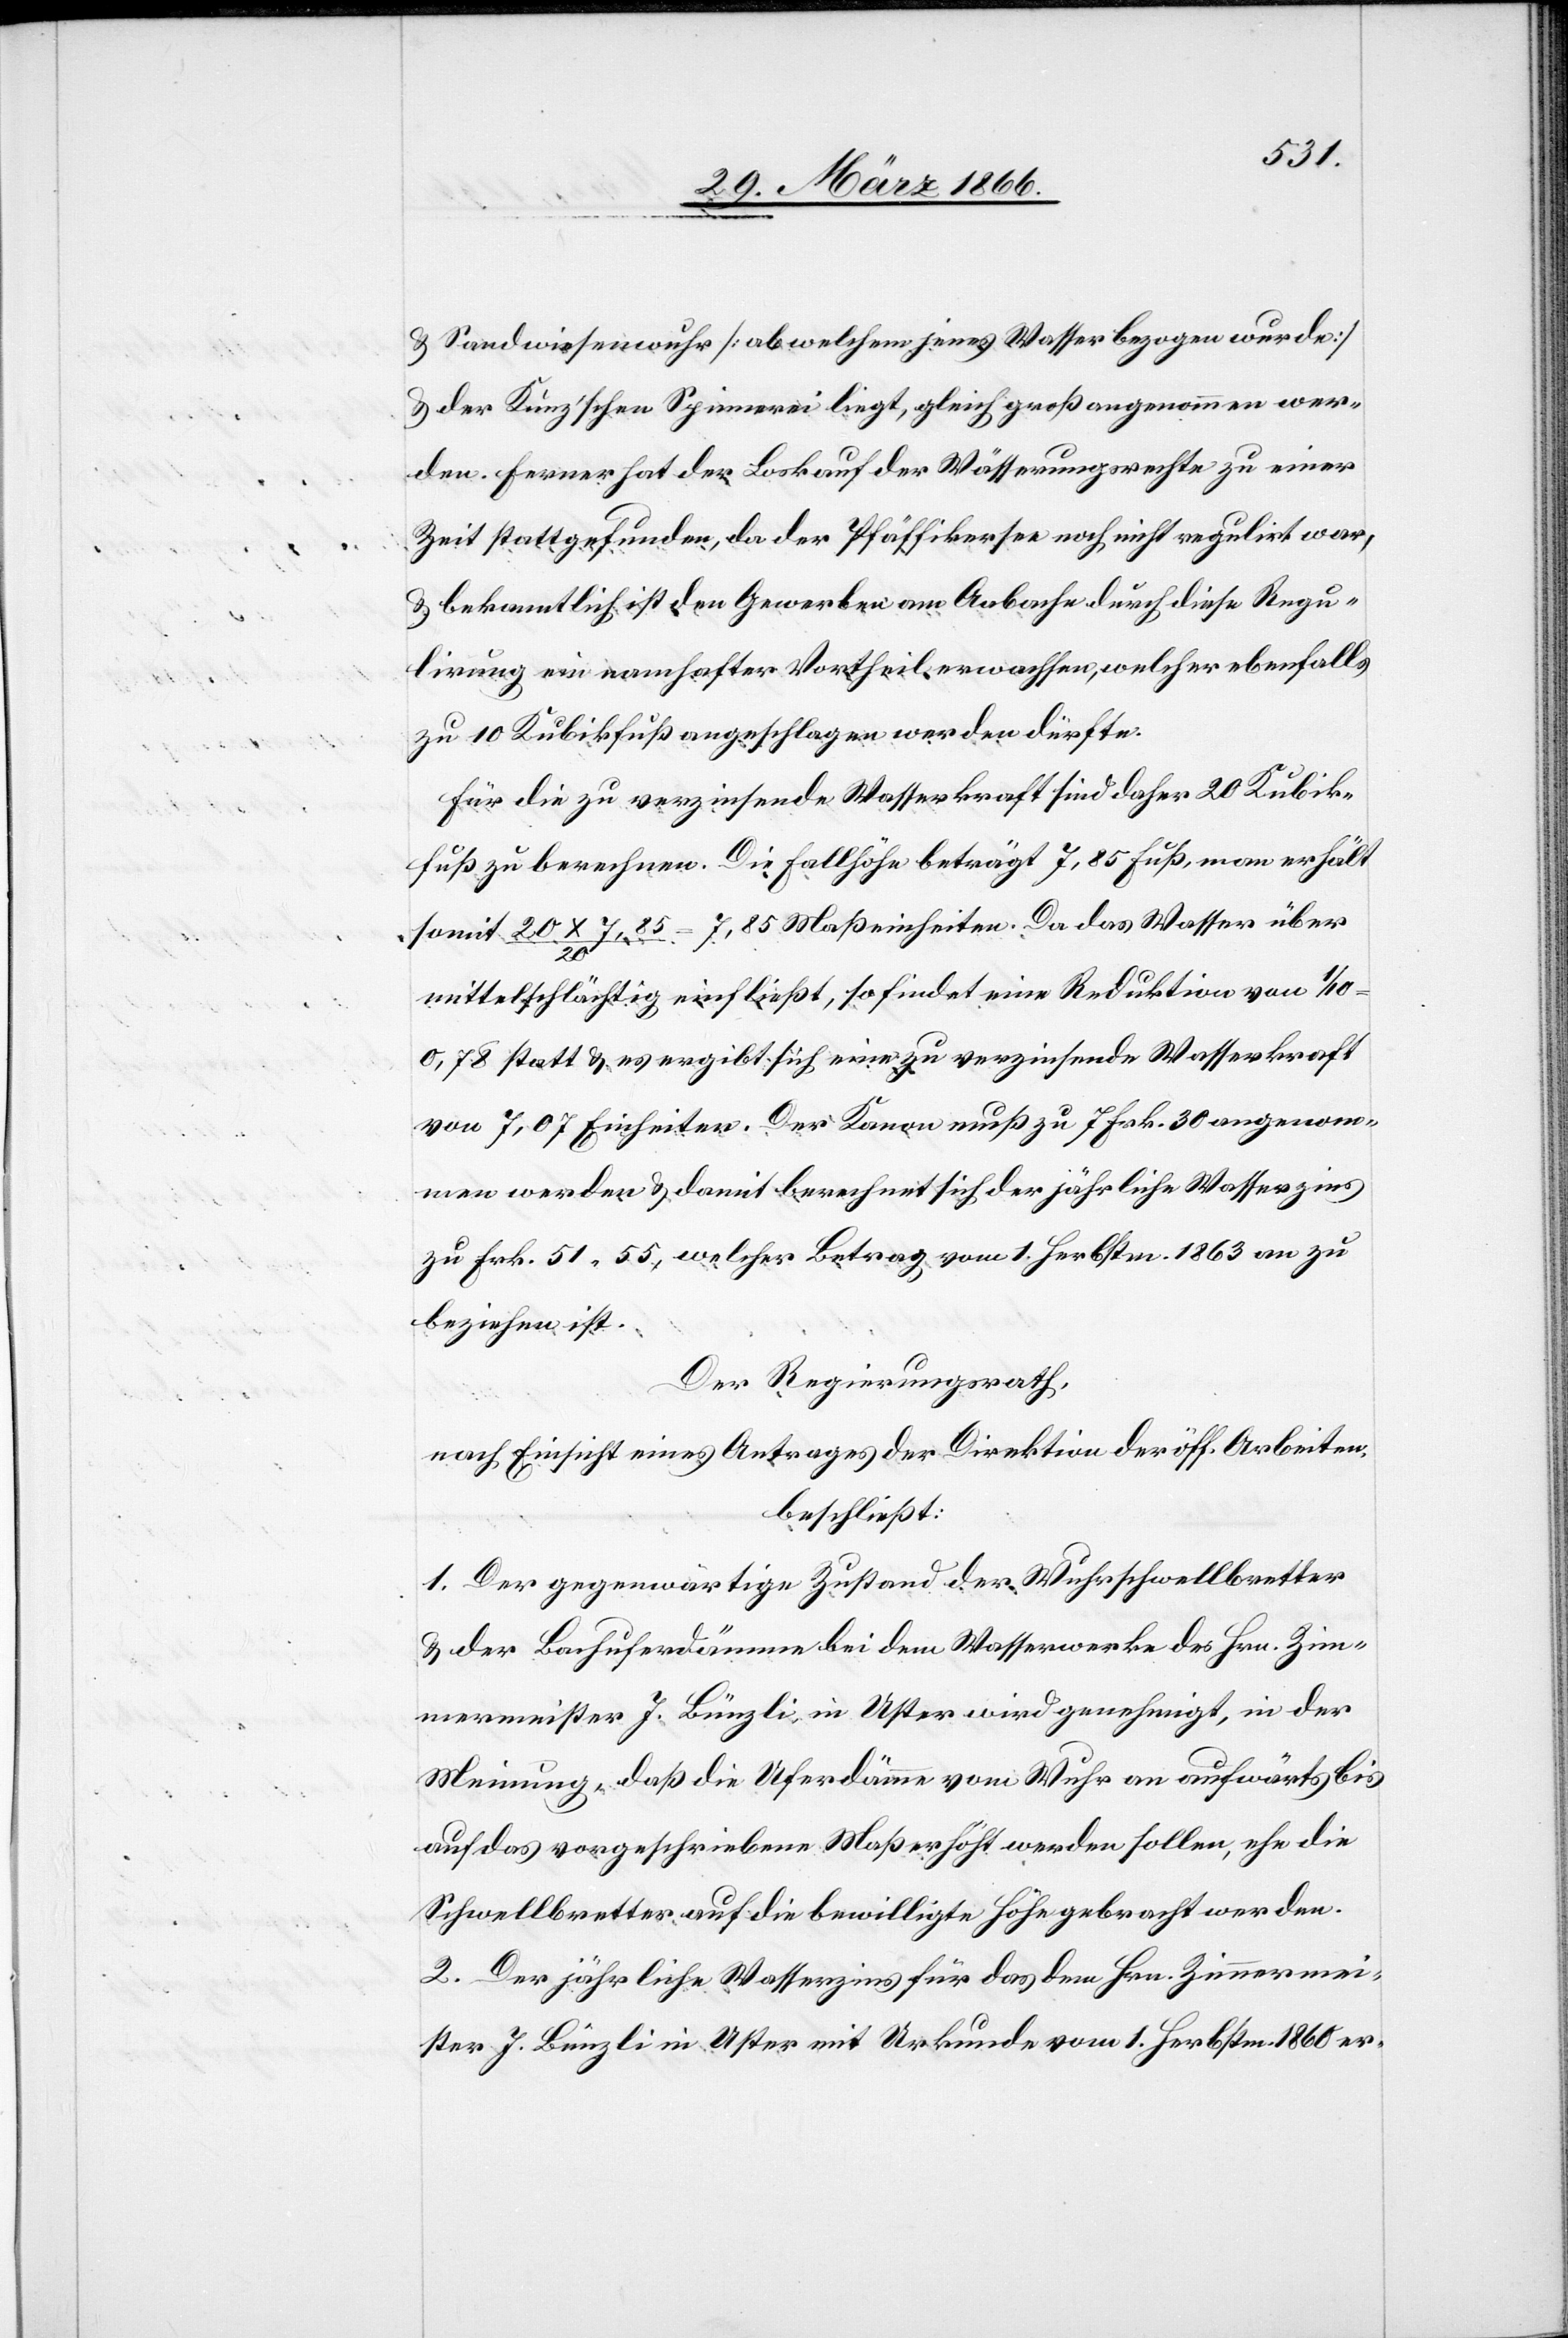
u. Sandwiesenwuhr [ab welchem jenes Wasser bezogen wurde]
u. der Kunz’schen Spinnerei liegt, gleich groß angenommen wer¬
den. Ferner hat der Loskauf der Wässerungsrechte zu einer
Zeit stattgefunden, da der Pfäffikersee noch nicht regulirt war,
u. bekanntlich ist den Gewerben am Aabache durch diese Regu¬
lirung ein namhafter Vortheil erwachsen, welcher ebenfalls
zu 10 Kubikfuß angeschlagen werden dürfte.
Für die zu verzinsende Wasserkraft sind daher 20 Kubik¬
fuß zu berechnen. Die Fallhöhe beträgt 7,85 Fuß, man erhält
somit 20 X 7,85/20 = 7,85 Maßeinheiten. Da das Wasser über
mittelschlächtig einfließt, so findet eine Reduktion von 1/10
0.78 statt u. es ergibt sich eine zu verzinsende Wasserkraft
von 7,07 Einheiten. Der Kanon muß zu 7 Frk. 30 angenom¬
men werden u. damit berechnet sich der jährliche Wasserzins
zu Frk. 51,55, welcher Betrag vom 1. Herbstm. 1863 an zu
beziehen ist.
Der Regierungsrath,
nach Einsicht eines Antrages der Direktion der öff. Arbeiten,
beschließt:
1. Der gegenwärtige Zustand der Wuhrschwellbretter
u. der Bachuferdämme bei dem Wasserwerke des Hrn. Zim¬
mermeister J. Bünzli in Uster wird genehmigt, in der
Meinung, daß die Uferdämme vom Wuhr an aufwärts bis
auf das vorgeschriebene Maß erhöht werden sollen, ehe die
Schwellbretter auf die bewilligte Höhe gebracht werden.
2. Der jährliche Wasserzins für das dem Hrn. Zimmermei¬
ster J. Bünzli in Uster mit Urkunde vom 1. Herbstm. 1860 er-